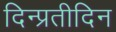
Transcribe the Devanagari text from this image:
दिन्प्रतीदिन